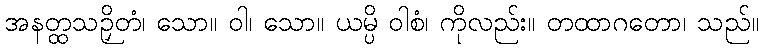
အနတ္ထသဉှိတံ၊ သော။ ဝါ၊ သော။ ယမ္ပိ ဝါစံ၊ ကိုလည်း။ တထာဂတော၊ သည်။